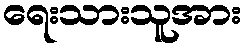
ရေးသားသူအား